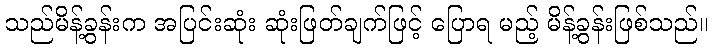
သည်မိန့်ခွန်းက အပြင်းဆုံး ဆုံးဖြတ်ချက်ဖြင့် ပြောရ မည့် မိန့်ခွန်းဖြစ်သည်။